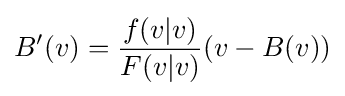
{B}'(v)={\frac {f(v|v)}{F(v|v)}}(v-B(v))